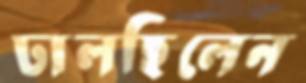
ঢালছিলেন